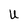
Character: U